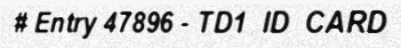
# Entry 47896 - TD1_ID_CARD